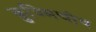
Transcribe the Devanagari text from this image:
कुज्मिचोव